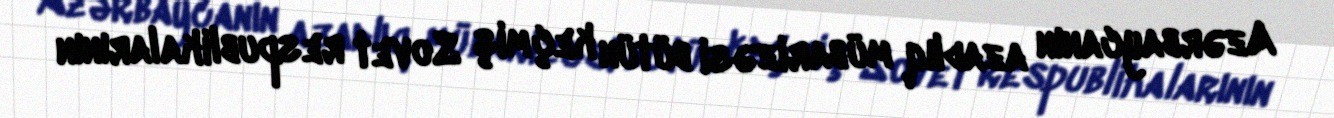
Azərbaycanın azadlıq mübarizəsi bütün keçmiş Sovet respublikalarının